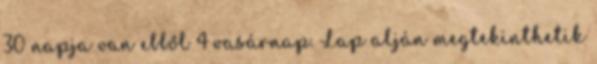
30 napja van ebből 4 vasárnap. Lap alján megtekinthetik